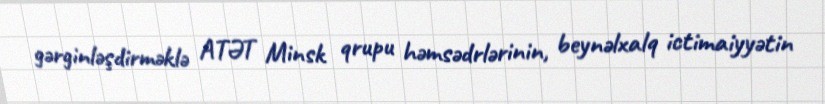
gərginləşdirməklə ATƏT Minsk qrupu həmsədrlərinin, beynəlxalq ictimaiyyətin